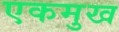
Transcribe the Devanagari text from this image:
एकमुख